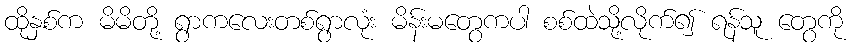
ထိုနှစ်က မိမိတို့ ရွာကလေးတစ်ရွာလုံး မိန်းမတွေကပါ စစ်ထဲသို့လိုက်၍ ရန်သူ တွေကို